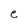
Character: e